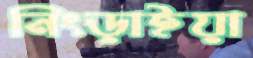
নিংড়াইয়া